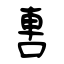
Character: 軎